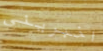
اخبرينى